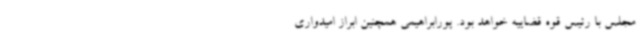
مجلس با رئیس قوه قضاییه خواهد بود. پورابراهیمی همچنین ابراز امیدواری